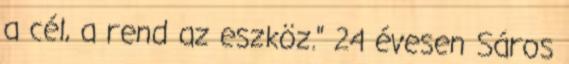
a cél, a rend az eszköz." 24 évesen Sáros